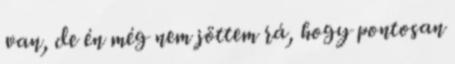
van, de én még nem jöttem rá, hogy pontosan